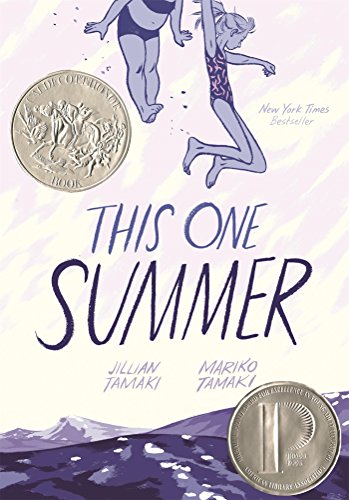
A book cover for This One Summer; Mariko Tamaki; Teen & Young Adult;